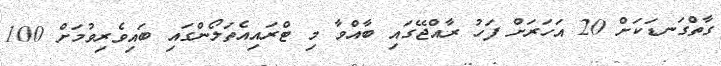
ގާތްގަނޑަކަށް 20 އަހަރަށް ފަހު ރާއްޖޭގައި ބާއްވާ މި ޓްރައިއެތަލޯންގައި ބައިވެރިވުމަށް 100